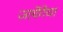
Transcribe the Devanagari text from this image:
जायेंगेचा